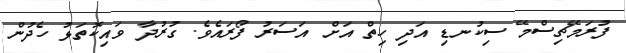
ފުރަމޭޗިސްމޭ ސިކުނޑި އަދި ހިތް އަށް އަސަރު ފޯރައެވެ. ގުރުދާ ވައިކޮތަޅު ހެދުން